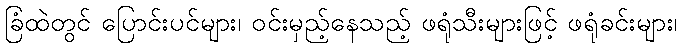
ခြံထဲတွင် ပြောင်းပင်များ၊ ဝင်းမှည့်နေသည့် ဖရုံသီးများဖြင့် ဖရုံခင်းများ၊